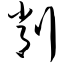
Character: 削